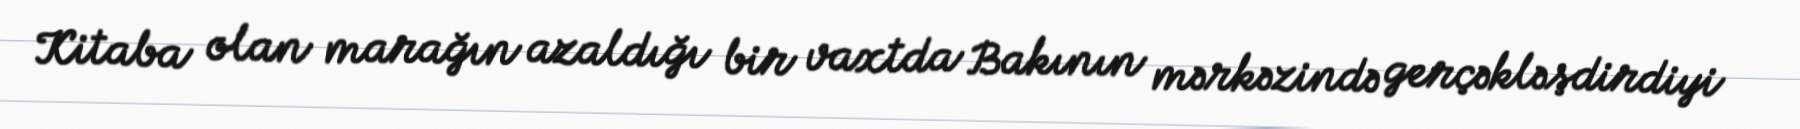
Kitaba olan marağın azaldığı bir vaxtda Bakının mərkəzində gerçəkləşdirdiyi